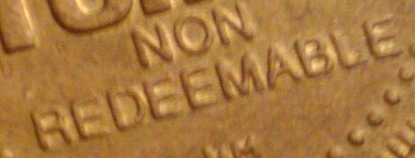
REDEEMABLE